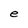
Character: e